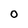
Character: O